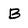
Character: B